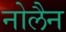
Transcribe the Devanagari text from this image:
नोलैन